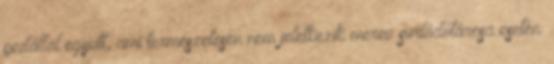
pedállal együtt, ami természetesen nem jeletkezik merev surlódótárcsa esetén.